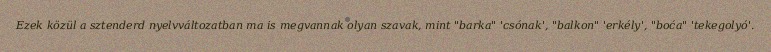
Ezek közül a sztenderd nyelvváltozatban ma is megvannak olyan szavak, mint "barka" 'csónak', "balkon" 'erkély', "boća" 'tekegolyó'.